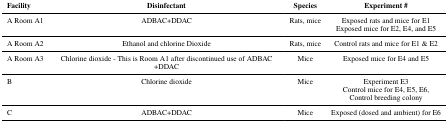
<table><thead><tr><td><b>Facility</b></td><td><b>Disinfectant</b></td><td><b>Species</b></td><td><b>Experiment #</b></td></tr></thead><tbody><tr><td>A Room A1</td><td>ADBAC+DDAC</td><td>Rats, mice</td><td>Exposed rats and mice for E1Exposed mice for E2, E4, and E5</td></tr><tr><td>A Room A2</td><td>Ethanol and chlorine Dioxide</td><td>Rats, mice</td><td>Control rats and mice for E1 &amp; E2</td></tr><tr><td>A Room A3</td><td>Chlorine dioxide - This is Room A1 after discontinued use of ADBAC+DDAC</td><td>Mice</td><td>Exposed mice for E4 and E5</td></tr><tr><td>B</td><td>Chlorine dioxide</td><td>Mice</td><td>Experiment E3Control mice for E4, E5, E6,Control breeding colony</td></tr><tr><td>C</td><td>ADBAC+DDAC</td><td>Mice</td><td>Exposed (dosed and ambient) for E6</td></tr></tbody></table>